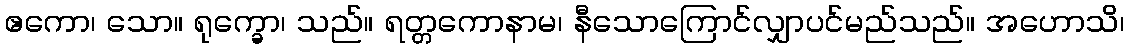
ဧကော၊ သော။ ရုက္ခော၊ သည်။ ရတ္တကောနာမ၊ နီသောကြောင်လျှာပင်မည်သည်။ အဟောသိ၊